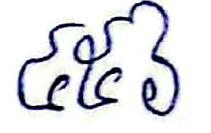
៤៥៦